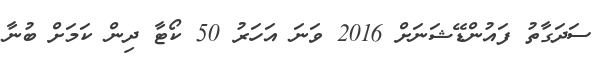
ސަދަގާތު ފައުންޑޭޝަނަށް 2016 ވަނަ އަހަރު 50 ކޯޓާ ދިން ކަމަށް ބުނާ